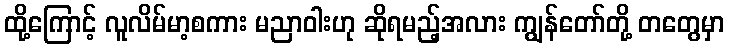
ထို့ကြောင့် လူလိမ်မာ့စကား မညာဝါးဟု ဆိုရမည့်အလား ကျွန်တော်တို့ တတွေမှာ